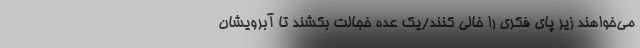
می‌خواهند زیر پای فکری را خالی کنند/یک عده خجالت بکشند تا آبرویشان